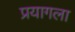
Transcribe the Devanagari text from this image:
प्रयागला